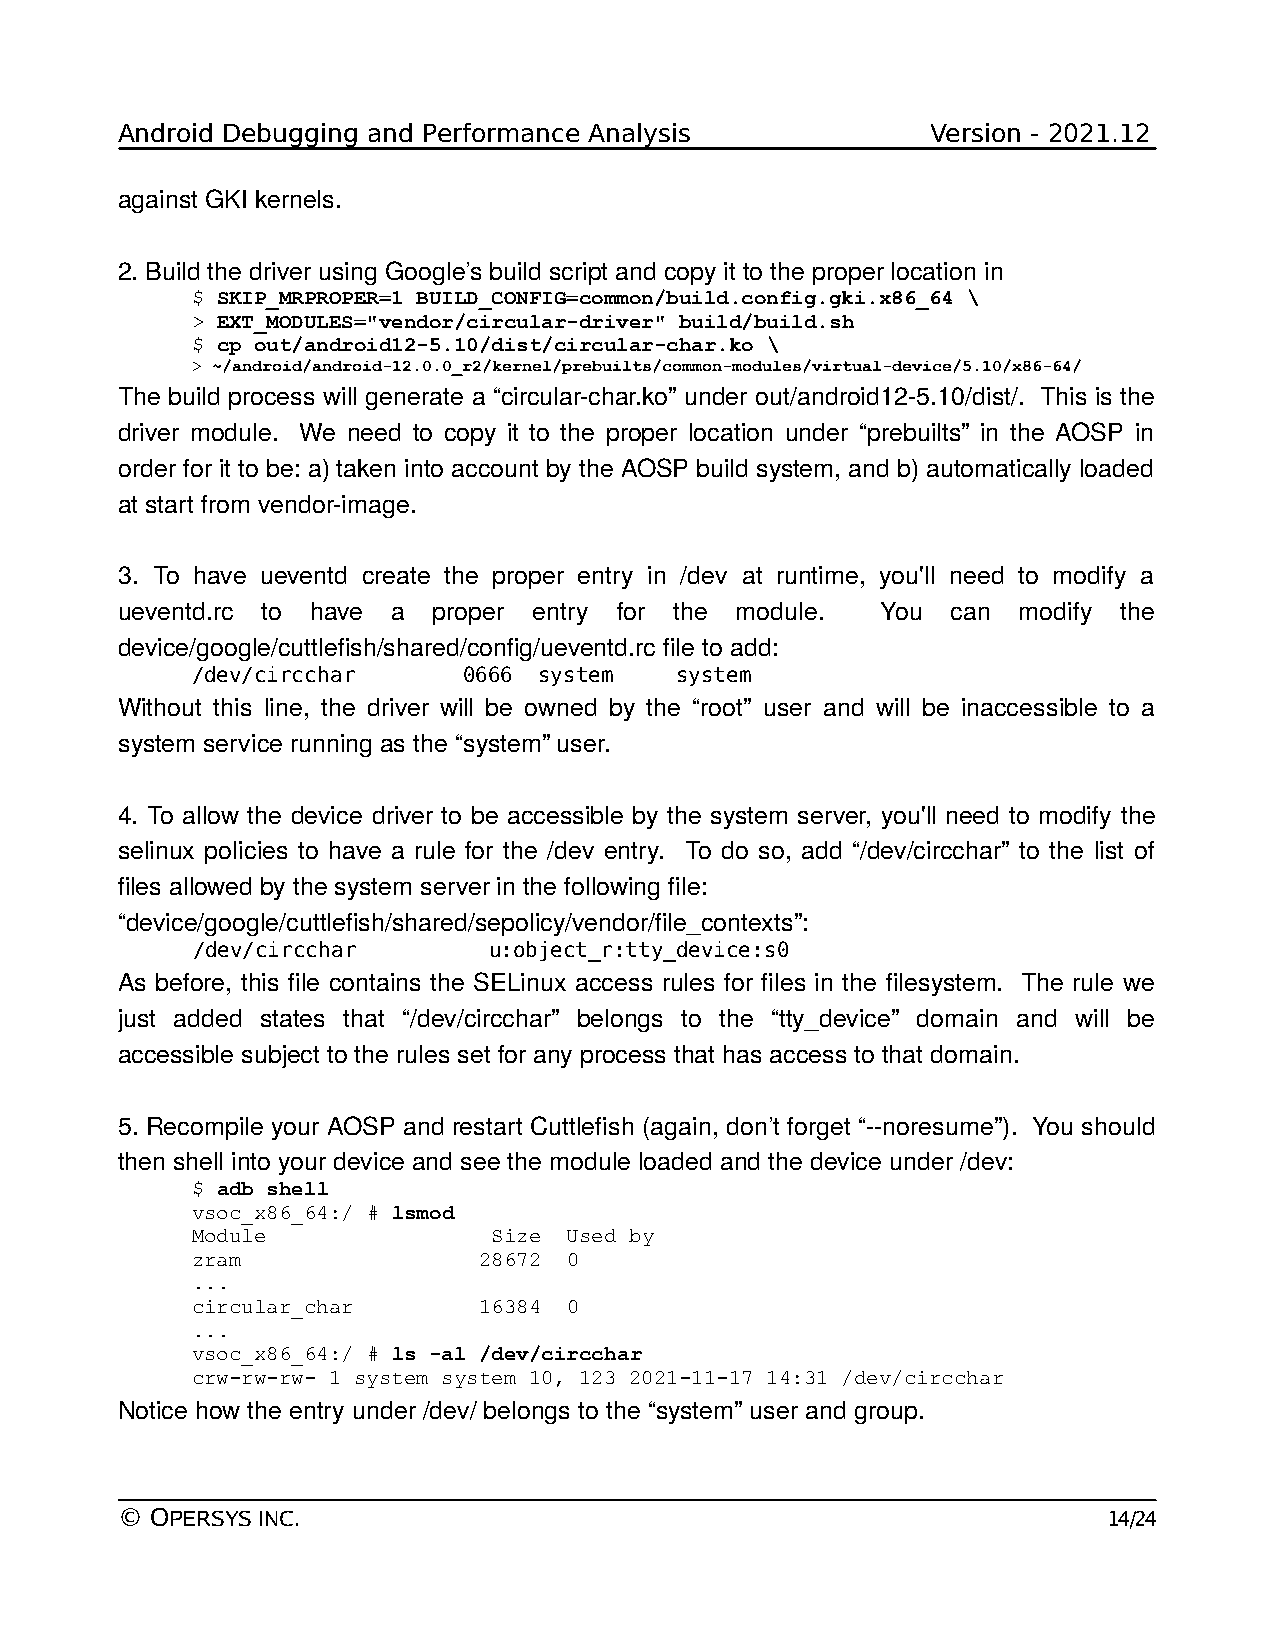
Android Debugging and Performance Analysis            Version - 2021.12
 against GKI kernels.
 2. Build the driver using Google’s build script and copy it to the proper location in
 $ SKIP_MRPROPER=1 BUILD_CONFIG=common/build.config.gki.x86_64 \
 > EXT_MODULES="vendor/circular-driver" build/build.sh
 $ cp out/android12-5.10/dist/circular-char.ko \
 > ~/android/android-12.0.0_r2/kernel/prebuilts/common-modules/virtual-device/5.10/x86-64/
 The build process will generate a “circular-char.ko” under out/android12-5.10/dist/. This is the
 driver module. We need to copy it to the proper location under “prebuilts” in the AOSP in
 order for it to be: a) taken into account by the AOSP build system, and b) automatically loaded
 at start from vendor-image.
 3. To have ueventd create the proper entry in /dev at runtime, you'll need to modify a
 ueventd.rc to have a proper entry for the module. You  can modify the
 device/google/cuttlefish/shared/config/ueventd.rc file to add:
 /dev/circchar     0666 system   system
 Without this line, the driver will be owned by the “root” user and will be inaccessible to a
 system service running as the “system” user.
 4. To allow the device driver to be accessible by the system server, you'll need to modify the
 selinux policies to have a rule for the /dev entry. To do so, add “/dev/circchar” to the list of
 files allowed by the system server in the following file:
 “device/google/cuttlefish/shared/sepolicy/vendor/file_contexts”:
 /dev/circchar      u:object_r:tty_device:s0
 As before, this file contains the SELinux access rules for files in the filesystem. The rule we
 just added states that “/dev/circchar” belongs to the “tty_device” domain and will be
 accessible subject to the rules set for any process that has access to that domain.
 5. Recompile your AOSP and restart Cuttlefish (again, don’t forget “--noresume”). You should
 then shell into your device and see the module loaded and the device under /dev:
 $ adb shell
 vsoc_x86_64:/ # lsmod
 Module              Size Used by
 zram               28672 0
 ...
 circular_char      16384 0
 ...
 vsoc_x86_64:/ # ls -al /dev/circchar
 crw-rw-rw- 1 system system 10, 123 2021-11-17 14:31 /dev/circchar
 Notice how the entry under /dev/ belongs to the “system” user and group.
 © OPERSYS INC.                                                   14/24